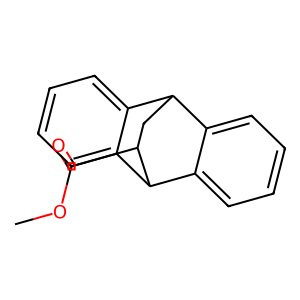
SMILES: COC(=O)C1CC2c3ccccc3C1c1ccccc12
Inhibits HIV replication: No